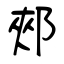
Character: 郟